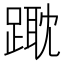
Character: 𨄁